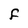
Character: F